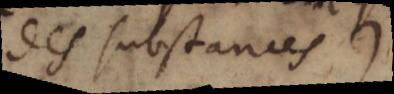
des substances)